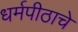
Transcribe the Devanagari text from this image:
धर्मपीठाचे